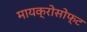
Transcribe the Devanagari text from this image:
मायक्रोसोफ्ट